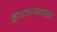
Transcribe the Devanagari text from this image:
द्वादशफलक